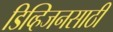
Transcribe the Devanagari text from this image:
डिव्हिजनसाठी